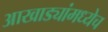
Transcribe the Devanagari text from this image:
आखाड्यांमध्येच